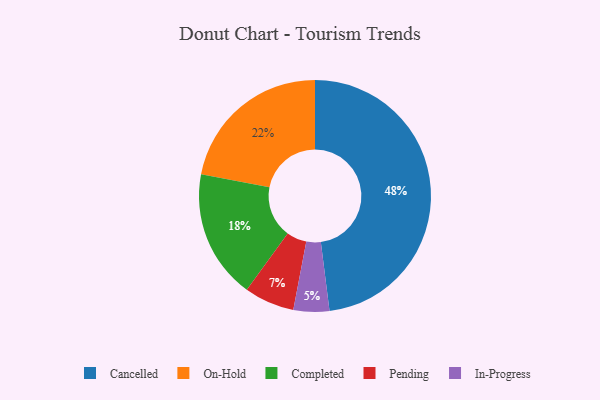
{"axis": {"x": "Category", "y": "Percentage"}, "legend": ["Cancelled", "Completed", "In-Progress", "On-Hold", "Pending"], "data": [{"x": "Completed", "y": 18, "type": "Completed"}, {"x": "Pending", "y": 7, "type": "Pending"}, {"x": "In-Progress", "y": 5, "type": "In-Progress"}, {"x": "Cancelled", "y": 48, "type": "Cancelled"}, {"x": "On-Hold", "y": 22, "type": "On-Hold"}]}